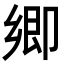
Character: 𭅼